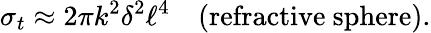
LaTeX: \sigma_{t}\approx 2\pi k^{2}\delta^{2}\ell^{4}\quad\textrm{(refractive~sphere)}.